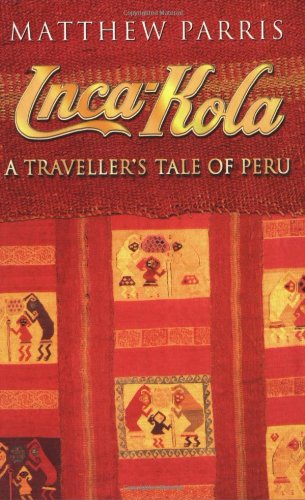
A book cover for Inca Kola: A Traveller's Tale of Peru; Matthew Parris; Travel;